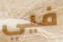
فيي